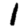
Digit: 1